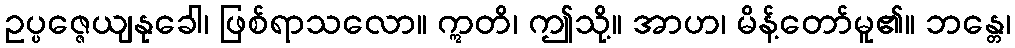
ဥပ္ပဇ္ဇေယျနုခေါ၊ ဖြစ်ရာသလော။ ဣတိ၊ ဤသို့။ အာဟ၊ မိန့်တော်မူ၏။ ဘန္တေ၊